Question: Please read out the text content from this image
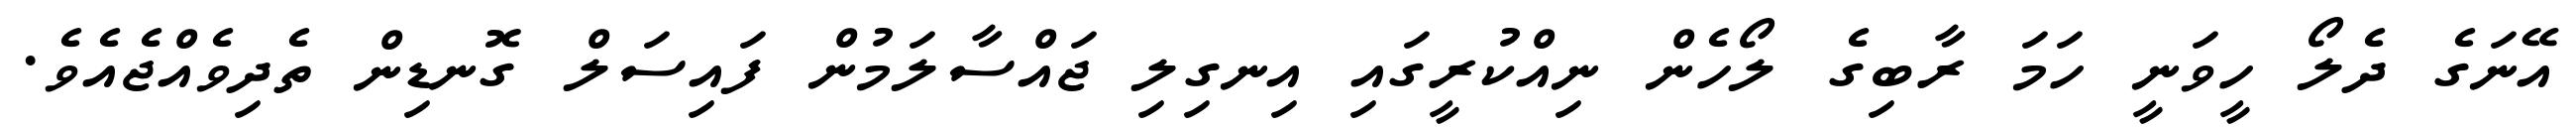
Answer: އޭނަގެ ދެލޯ ހީވަނީ ހަމަ ރާބިގެ ލޯހެން ނިއްކުރީގައި އިނގިލި ޖައްސާލަމުން ފައިސަލް ގޮނޑިން ތެދިވެއްޖެއެވެ.